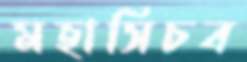
মহাসিচব